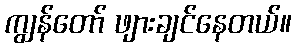
ကျွန်တော် ဖျားချင်နေတယ်။